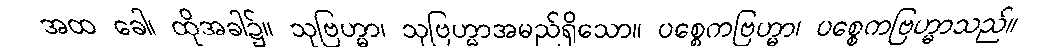
အထ ခေါ၊ ထိုအခါ၌။ သုဗြဟ္မာ၊ သုဗြဟ္မာအမည်ရှိသော။ ပစ္စေကဗြဟ္မာ၊ ပစ္စေကဗြဟ္မာသည်။